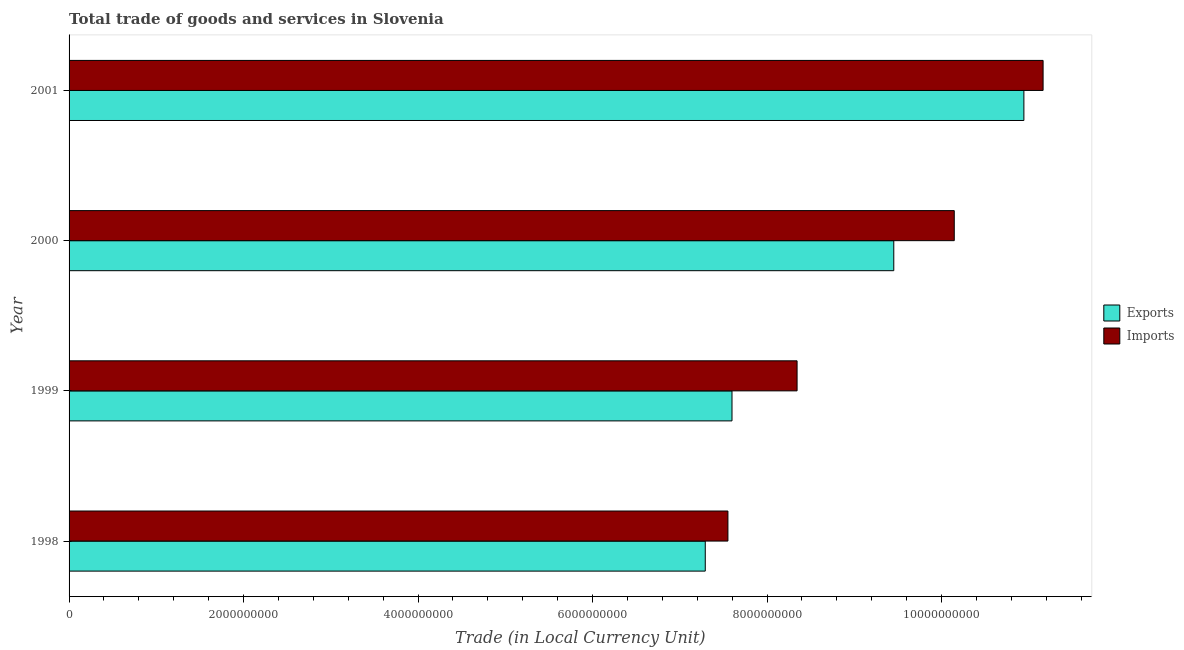
| Year | Exports | Imports |
 | --- | --- | --- |
 | 1998 | 7.29e+09 | 7.55e+09 |
 | 1999 | 7.6e+09 | 8.34e+09 |
 | 2000 | 9.45e+09 | 1.01e+10 |
 | 2001 | 1.09e+10 | 1.12e+10 |